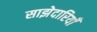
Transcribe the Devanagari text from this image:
साझेदारियाँ